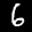
Label: 6